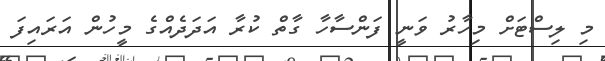
މި ލިސްޓަށް މިހާރު ވަނީ ފަންސާހާ ގާތް ކުރާ އަދަދެއްގެ މީހުން އަރައިފަ